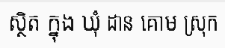
ស្ថិត ក្នុង ឃុំ ដាន គោម ស្រុក